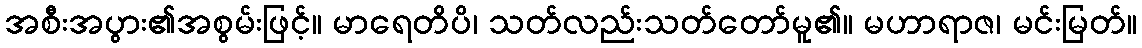
အစီးအပွား၏အစွမ်းဖြင့်။ မာရေတိပိ၊ သတ်လည်းသတ်တော်မူ၏။ မဟာရာဇ၊ မင်းမြတ်။